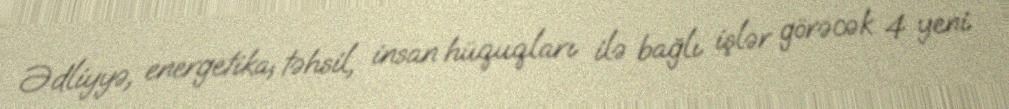
Ədliyyə, energetika, təhsil, insan hüquqları ilə bağlı işlər görəcək 4 yeni